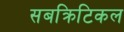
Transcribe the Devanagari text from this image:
सबक्रिटिकल